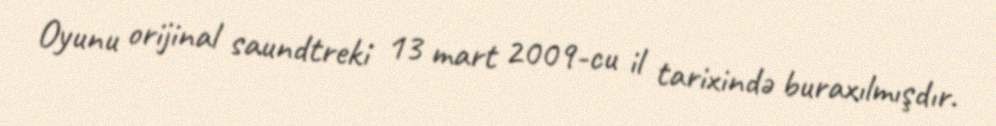
Oyunu orijinal saundtreki 13 mart 2009-cu il tarixində buraxılmışdır.